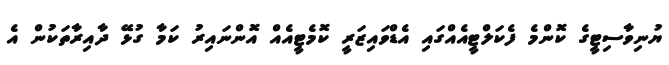
ޔުނިވާސިޓީގެ ކޮންމެ ފެކަލްޓީއެއްގައި އެޑްވައިޒަރީ ކޮމެޓީއެއް އޮންނައިރު ކަމާ ގުޅޭ ދާއިރާތަކުން އެ